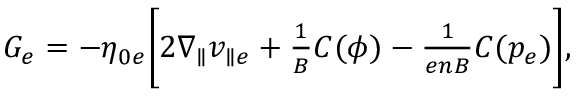
\begin{array} { r } { G _ { e } = - \eta _ { 0 e } \Bigg [ 2 \nabla _ { \parallel } v _ { \parallel e } + \frac { 1 } { B } C ( \phi ) - \frac { 1 } { e n B } C ( p _ { e } ) \Bigg ] , } \end{array}